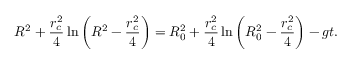
R ^ { 2 } + \frac { r _ { c } ^ { 2 } } { 4 } \ln { \left( R ^ { 2 } - \frac { r _ { c } ^ { 2 } } { 4 } \right) } = R _ { 0 } ^ { 2 } + \frac { r _ { c } ^ { 2 } } { 4 } \ln { \left( R _ { 0 } ^ { 2 } - \frac { r _ { c } ^ { 2 } } { 4 } \right) } - g t .